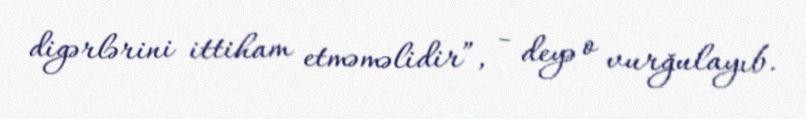
digərlərini ittiham etməməlidir”, - deyə o vurğulayıb.